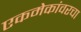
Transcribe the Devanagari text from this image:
एकमेकांवरचा